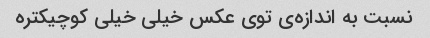
نسبت به اندازه‌ی توی عکس خیلی خیلی کوچیکتره